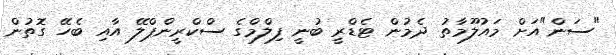
"ސަން"އަށް މައުލޫމާތު ދެމުން ޓެޑްރީ ބުނީ ފިލްމްގެ ސްކްރީންޕްލޭ އާއި ބެހޭ ގޮތުން